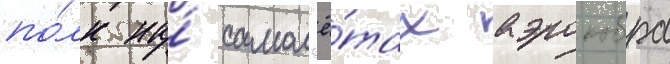
по́лк на́ самол'ё́тах аэрокобра